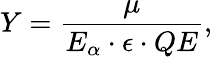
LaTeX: Y=\frac{\mu}{E_{\alpha}\cdot\epsilon\cdot QE},